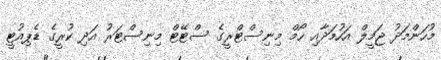
މުހަންމަދު ޖަމީލް އަހުމަދާއި ހޯމް މިނިސްޓްރީގެ ސްޓޭޓް މިނިސްޓަރު އަދި ކުރީގެ ޑެޕިއުޓީ